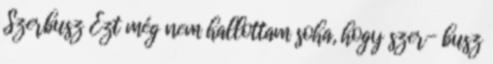
Szerbusz Ezt még nem hallottam soha, hogy szer- busz